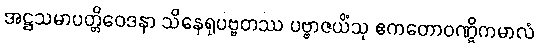
အဋ္ဌသမာပတ္တိဝေဒနာ သိနေရုပဗ္ဗတဿ ပဗ္ဗာဇယိံသု ဧကတောဝဏ္ဋိကမာလံ